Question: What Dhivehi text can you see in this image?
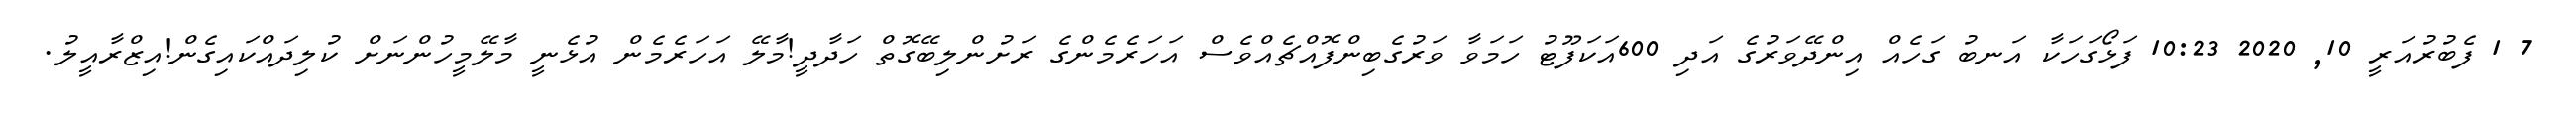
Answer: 7 1 ފެބުރުއަރީ 10, 2020 10:23 ފަޅޯގަހަކާ އަނބު ގަހެއް އިންދޭވަރުގެ އަދި 600އަކަފޫޓު ހަމަވާ ވަރުގެބިންފޮއްޗެއްވެސް އަހަރެމެންގެ ރަށުންލިބޭގޮތް ހަދާދީ!މާލޭ އަހަރެމެން އުޅެނީ މާލޭމީހުންނަށް ކުލިދައްކައިގެން!އިޒްރާއީލު.